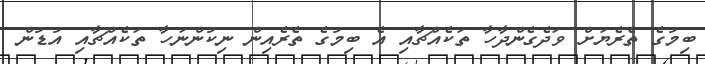
ބިމުގެ ތެރެޔަށް ވަދެގެންދާހާ ތަކެއްޗާއި އެ ބިމުގެ ތެރެއިން ނިކުންނަހާ ތަކެއްޗާއި އުޑުން